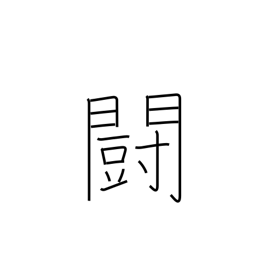
Meaning: war